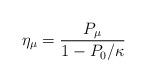
LaTeX: \begin{align*}\eta_{\mu}=\frac{P_{\mu}}{1-P_{0}/\kappa}\end{align*}